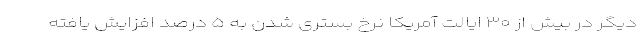
دیگر در بیش از ۳۰ ایالت آمریکا نرخ بستری شدن به ۵ درصد افزایش یافته